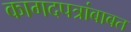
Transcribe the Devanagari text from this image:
कागदपत्रांबाबत